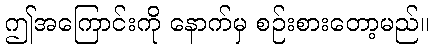
ဤအကြောင်းကို နောက်မှ စဉ်းစားတော့မည်။